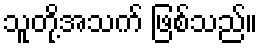
သူတို့အသက် ဖြစ်သည်။